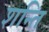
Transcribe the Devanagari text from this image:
शन्ति